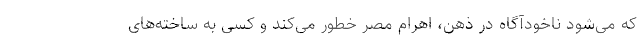
که می‌شود ناخودآگاه در ذهن، اهرام مصر خطور می‌کند و کسی به ساخته‌های